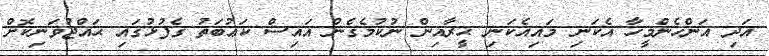
އަދި އަންހެންމީހާ އެކަނި މައިއެކަނި ޙީރާއިން ނުކުމެގެން އައިސް ކަޢުބަތު ގެފުޅުގައި ޙައްޖުވަނިކޮށް